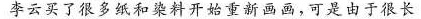
李云买了很多纸和染料开始重新画画，可是由于很长